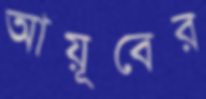
আয়ূবের